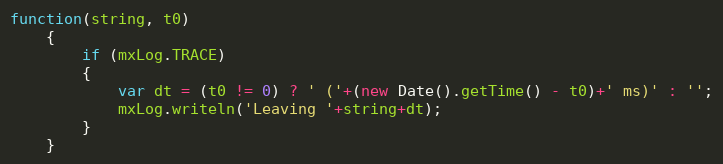
Language: JavaScript
function(string, t0)
	{
		if (mxLog.TRACE)
		{
			var dt = (t0 != 0) ? ' ('+(new Date().getTime() - t0)+' ms)' : '';
			mxLog.writeln('Leaving '+string+dt);
		}
	}